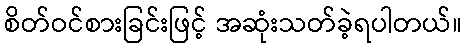
စိတ်ဝင်စားခြင်းဖြင့် အဆုံးသတ်ခဲ့ရပါတယ်။